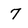
Character: 7